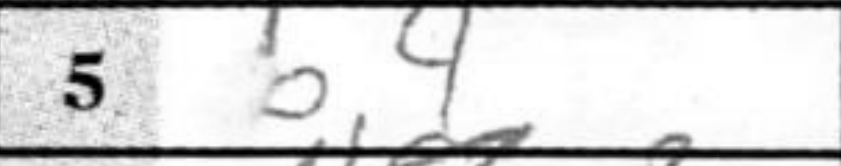
Transcription: b4